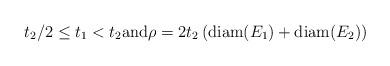
LaTeX: \begin{align*} t_2/2 \leq t_1 < t_2 \mbox{and} \rho = 2 t_2 \left(\mbox{diam}(E_1) + \mbox{diam} (E_2) \right) \end{align*}